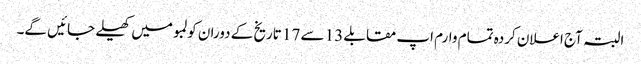
البتہ آج اعلان کردہ تمام وارم اپ مقابلے 13 سے 17 تاریخ کے دوران کولمبو میں کھیلے جائیں گے۔